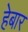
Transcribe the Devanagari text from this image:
हेबार